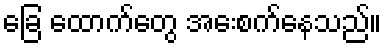
ခြေ ထောက်တွေ အေးစက်နေသည်။